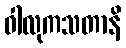
ဝါလုကသတာနိ